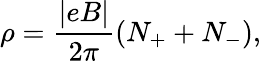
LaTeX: \rho=\frac{|eB|}{2\pi}(N_{+}+N_{-}),